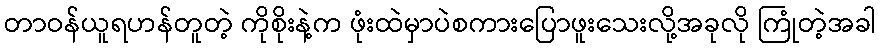
တာဝန်ယူရဟန်တူတဲ့ ကိုစိုးနဲ့က ဖုံးထဲမှာပဲစကားပြောဖူးသေးလို့အခုလို ကြုံတဲ့အခါ